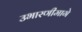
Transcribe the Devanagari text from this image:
उभारणीमागे